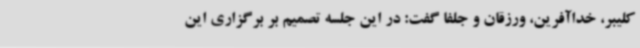
کلیبر، خداآفرین، ورزقان و جلفا گفت: در این جلسه تصمیم بر برگزاری این